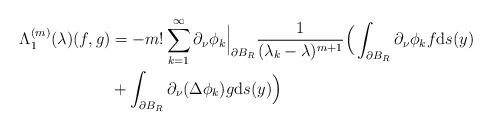
LaTeX: \begin{align*} \Lambda^{(m)}_1(\lambda)(f,g)&= -m!\sum_{k = 1}^\infty \partial_\nu\phi_k\Big\vert_{\partial B_R} \frac{1}{(\lambda_k - \lambda)^{m + 1}} \Big(\int_{\partial B_R} \partial_\nu\phi_k f{\rm d}s(y) \\&+ \int_{\partial B_R} \partial_\nu(\Delta\phi_k)g{\rm d}s(y)\Big)\end{align*}